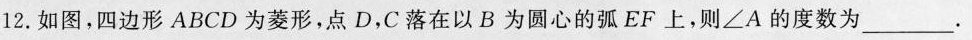
12.如图，四边形ABCD为菱形，点D，C落在以B为圆心的弧EF上，则∠A的度数为___。